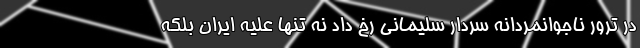
در ترور ناجوانمردانه سردار سلیمانی رخ داد نه تنها علیه ایران بلکه